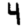
Digit: 4